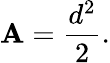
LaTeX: \mathbf{A}={\frac{{d^{2}}}{{2}}}.